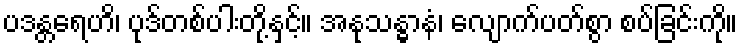
ပဒန္တရေဟိ၊ ပုဒ်တစ်ပါးတို့နှင့်။ အနုသန္ဓာနံ၊ လျောက်ပတ်စွာ စပ်ခြင်းကို။